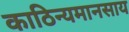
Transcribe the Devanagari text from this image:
काठिन्यमानसाय